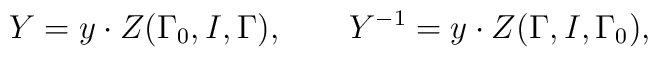
Y=y\cdot Z(\Gamma _{0},I,\Gamma ),\mathbf{\qquad }Y^{-1}=y\cdot Z(\Gamma,I,\Gamma _{0}),